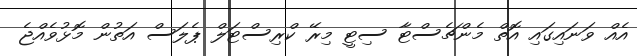
އެއް ވަނައިގައި އޮތް މެންޗެސްޓާ ސިޓީ މިރޭ ކްރިސްޓަލް ޕެލަސް އަތުން މޮޅުވެއްޖެ